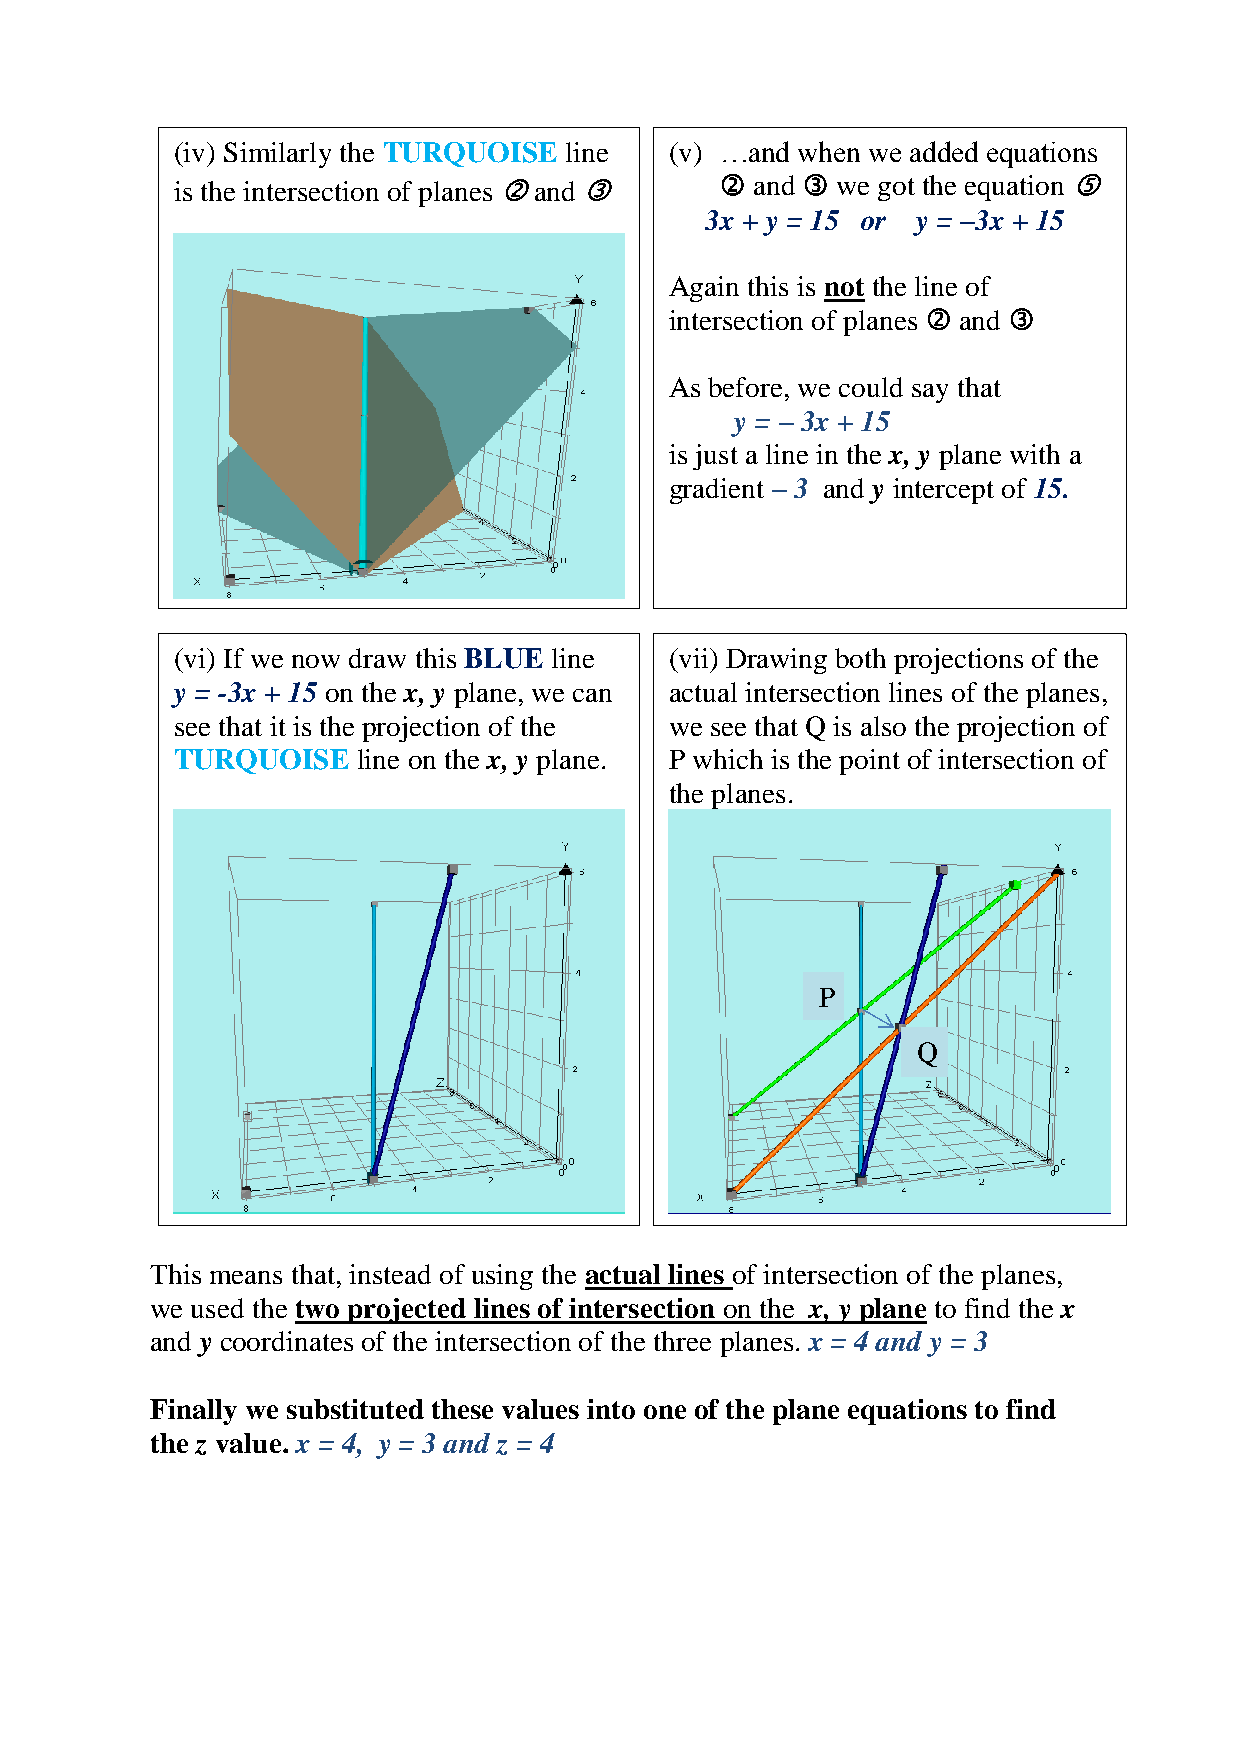
(iv) Similarly the TURQUOISE line (v) …and when we added equations
 is the intersection of planes  and   and  we got the equation 
 3x + y = 15 or y = –3x + 15
 Again this is not the line of
 intersection of planes  and 
 As before, we could say that
 y = – 3x + 15
 is just a line in the x, y plane with a
 gradient – 3 and y intercept of 15.
 (vi) If we now draw this BLUE line (vii) Drawing both projections of the
 y = -3x + 15 on the x, y plane, we can actual intersection lines of the planes,
 see that it is the projection of the we see that Q is also the projection of
 TURQUOISE   line on the x, y plane. P which is the point of intersection of
 the planes.
 P
 Q
 This means that, instead of using the actual lines of intersection of the planes,
 we used the two projected lines of intersection on the x, y plane to find the x
 and y coordinates of the intersection of the three planes. x = 4 and y = 3
 Finally we substituted these values into one of the plane equations to find
 the z value. x = 4, y = 3 and z = 4